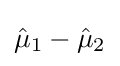
{\hat {\mu }}_{1}-{\hat {\mu }}_{2}